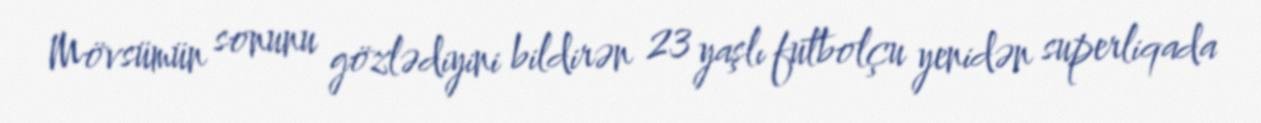
Mövsümün sonunu gözlədiyini bildirən 23 yaşlı futbolçu yenidən superliqada